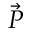
\vec { P }